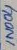
Text: IN004